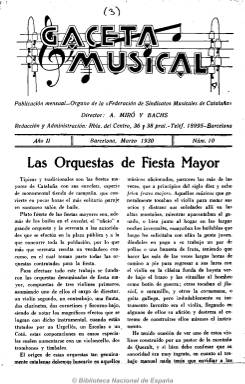
Título: Gaceta musical (Barcelona)
Colección: Música
Ámbito geográfico: Barcelona
Lugar de publicación: Barcelona
Fechas: 01/03/1930-31/03/1930

Publicación mensual que aparece en junio de 1929 dedicada a los profesionales de la música. Hasta su número 11, de abril de 1930, es “órgano de la Federación de Sindicatos Musicales de Cataluña”, de la que su fundador y director, Antonio Miró Bachs, era vicepresidente. Después modificará varias veces su subtítulo, mostrándose como portavoz del profesorado. Publica artículos sobre la situación profesional de los maestros y músicos, y sobre técnica, didáctica, instrumentación, bandas y orquestas, asociaciones y uniones musicales, noticias, necrológicas, una guía profesional, así como la relación de las publicaciones recibidas. Inserta abundante publicidad de orquestas, músicos, comercios, etc. Entre sus colaboradores se encuentran Juli Pascual, José Barbany, Ángel Sagardía, Marino García, Francisco Salvat, Mestre Jordi y Ezequiel Martínez. Dejó de publicarse en junio de 1936, tras editar 86 números. La colección de la Biblioteca Nacional de España sólo dispone del número 10, de dieciséis páginas, compuesto a dos columnas y sin ilustraciones, en el que Francisco Asenjo Barbieri publica un artículo sobre la ópera española. Miró Bachs, que dirige otras revistas musicales barcelonesas, publicó en 1935 una Guía de las festes majors de Catalunya, y en 1950, Cien músicos españoles, reeditada en años posteriores.